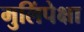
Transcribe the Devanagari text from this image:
मुलिंपेक्षा